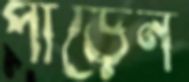
পাড়েন